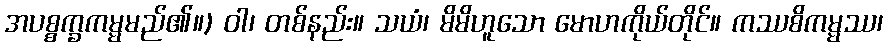
အပစ္စက္ခကမ္မမည်၏။) ဝါ၊ တစ်နည်း။ သယံ၊ မိမိဟူသော မောဟကိုယ်တိုင်။ ကဿစိကမ္မဿ၊